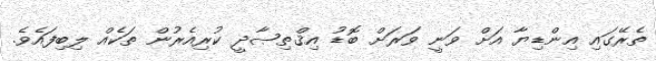
ތެރޭގައި އިންޑިޔާ އަށް ވަނީ ވަރަށް ބޮޑު އިޤްތިޞާދީ ކުރިއެރުން ތަކެއް ލިބިފައެވެ.